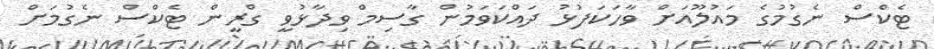
ޓެކްސް ނެގުމުގެ މައުލޫއަށް ވާހަކަފުޅު ދައްކަވަމުން ގާސިމް ވިދާޅުވީ ގްރީން ޓެކްސް ނެގުމަށް